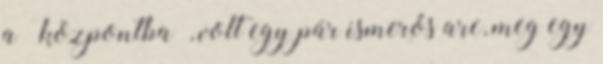
a „központba”, volt egy pár ismerős arc, meg egy